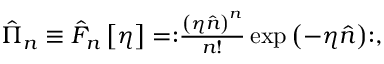
\begin{array} { r } { \hat { \Pi } _ { n } \equiv \hat { F } _ { n } \left[ \eta \right] = : \mathrel { \frac { \left( \eta \hat { n } \right) ^ { n } } { n ! } \exp \left( - \eta \hat { n } \right) } : , } \end{array}